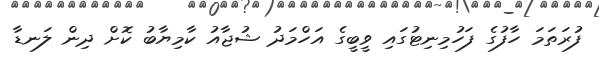
ފުރަތަމަ ހާފުގެ ފަހުމިނިޓުގައި ވީބީގެ އަހްމަދު ޝުޖާއު ކާމިޔާބު ކޮށް ދިން ލަނޑާ